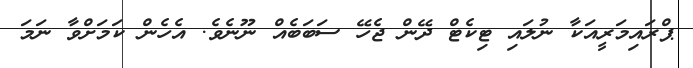
ޕްރައިމަރީއަކާ ނުލައި ޓިކެޓް ދޭން ޖެހޭ ސަބަބެއް ނޫނެވެ. އެހެން ކަމަށްވާ ނަމަ